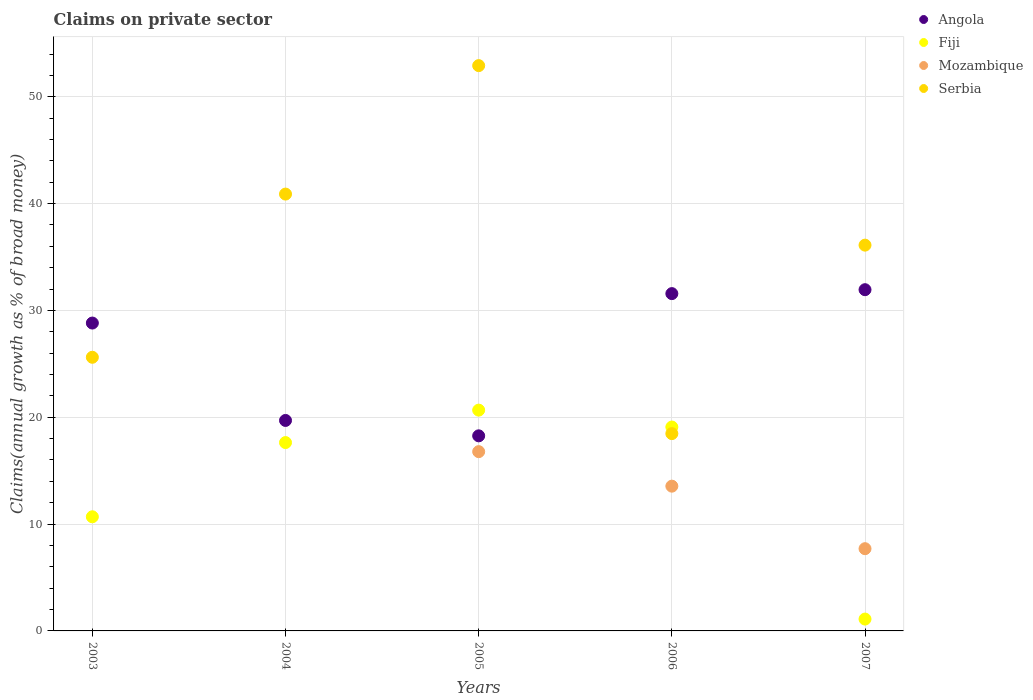
| Years | Angola | Fiji | Mozambique | Serbia |
 | --- | --- | --- | --- | --- |
 | 2003 | 28.8 | 10.7 | -0.572 | 25.6 |
 | 2004 | 19.7 | 17.6 | -1.47 | 40.9 |
 | 2005 | 18.3 | 20.7 | 16.8 | 52.9 |
 | 2006 | 31.6 | 19.1 | 13.6 | 18.5 |
 | 2007 | 31.9 | 1.11 | 7.7 | 36.1 |